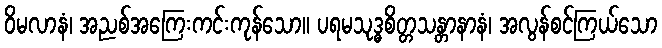
ဝိမလာနံ၊ အညစ်အကြေးကင်းကုန်သော။ ပရမသုဒ္ဓစိတ္တသန္တာနာနံ၊ အလွန်စင်ကြယ်သော